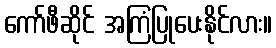
ကော်ဖီဆိုင် အကြံပြုပေးနိုင်လား။